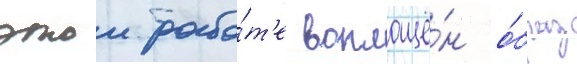
этои рабо́т'е воплощё́н о́браз